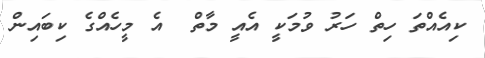
ކިއެއްތަ ހިތް ހަރު ވުމަކީ އެއީ މާތް  އެ މީހެއްގެ ކިބައިން